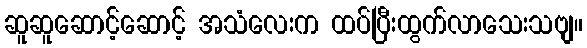
ဆူဆူဆောင့်ဆောင့် အသံလေးက ထပ်ပြီးထွက်လာသေးသဗျ။